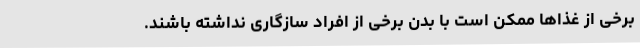
برخی از غذاها ممکن است با بدن برخی از افراد سازگاری نداشته باشند.